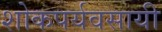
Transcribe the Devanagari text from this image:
शोकपर्यवसायी